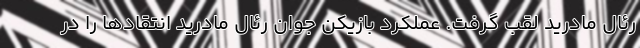
رئال مادرید لقب گرفت. عملکرد بازیکن جوان رئال مادرید انتقادها را در